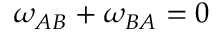
\omega _ { A B } + \omega _ { B A } = 0